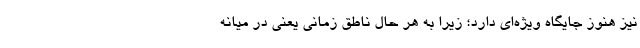
نیز هنوز جایگاه ویژه‌ای دارد؛ زیرا به هر حال ناطق زمانی یعنی در میانه